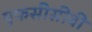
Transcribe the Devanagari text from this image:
एफसीसीबी